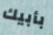
بأبيك